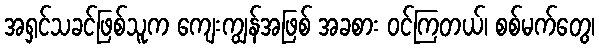
အရှင်သခင်ဖြစ်သူက ကျေးကျွန်အဖြစ် အခစား ဝင်ကြတယ်၊ စစ်မက်တွေ၊